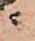
ニ